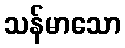
သန်မာသော